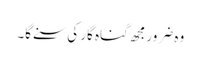
وہ ضرورمجھ گناہ گار کی سنے گا۔